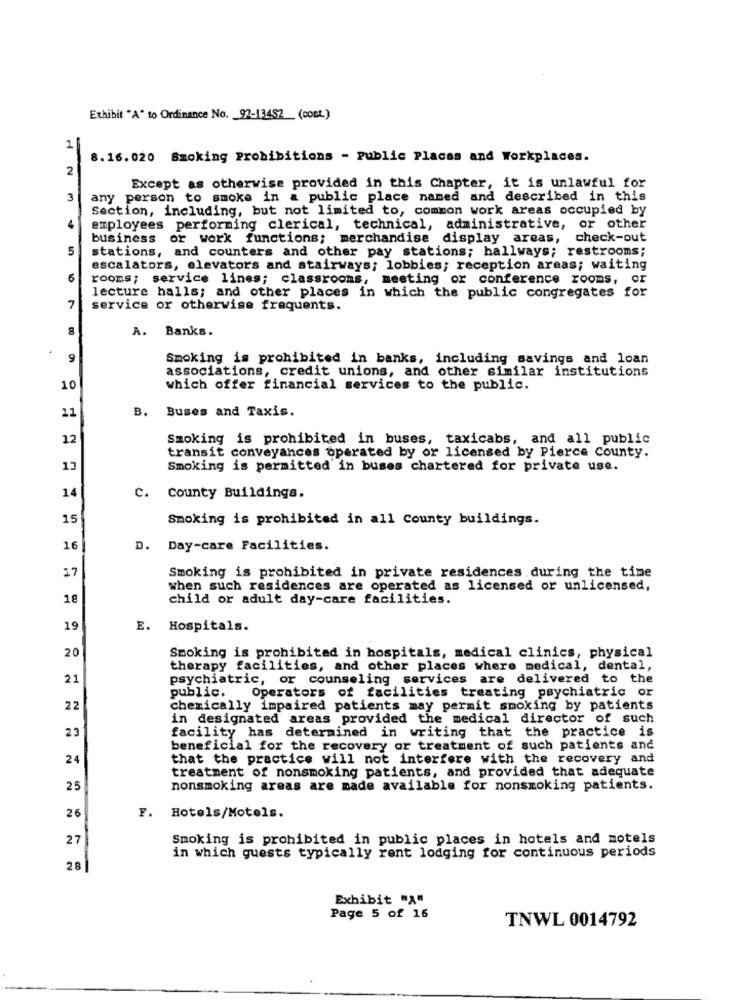
Exhibit "A" to Ordinance No. 92-13452 (COBL.)
1
8.16.020 Smoking Prohibitions - Public Places and Workplaces.
2
Except as otherwise provided in this Chapter, it is unlawful for
3
any person to smoke in a public place named and described in this
Section, including, but not limited to, common work areas occupied by
employees performing clerical, technical, administrative, or other
business or work functions; merchandise display areas, check-out
5
stations, and counters and other pay stations; hallways; restrooms;
escalators, elevators and stairways; lobbies; reception areas; waiting
6
rooms; service lines; classrooms, meeting or conference rooms, or
lecture halls; and other places in which the public congregates for
7
service or otherwise frequents.
8
A.
Banks.
9
Smoking is prohibited in banks, including savings and loan
associations, credit unions, and other similar institutions
10
which offer financial services to the public.
B. Buses and Taxis.
11
12
Smoking is prohibited in buses, taxicabs, and all public
transit conveyances operated by or licensed by Pierce County.
13
Smoking is permitted in buses chartered for private use.
14
. county Buildings.
15
Smoking is prohibited in all County buildings.
16
D. Day-care Facilities.
17
Smoking is prohibited in private residences during the time
when such residences are operated as licensed or unlicensed,
18
child or adult day-care facilities.
19
E. Hospitals.
20
Smoking is prohibited in hospitals, medical clinics, physical
therapy facilities, and other places where medical, dental,
21
psychiatric, or counseling services are delivered to the
public.
Operators of facilities treating psychiatric or
22
chemically impaired patients may permit smoking by patients
in designated areas provided the medical director of such
23
facility has determined in writing that the practice is
beneficial for the recovery or treatment of such patients and
24
that the practice will not interfere with the recovery and
treatment of nonsmoking patients, and provided that adequate
25
nonsmoking areas are made available for nonsmoking patients.
26
F. Hotels/Motels.
27
Smoking is prohibited in public places in hotels and motels
in which guests typically rent lodging for continuous periods
28
Exhibit "A"
Page 5 of 16
TNWL 0014792